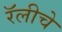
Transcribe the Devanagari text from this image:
रॅलीचे